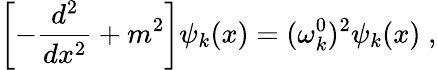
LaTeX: \left[-\frac{d^{2}}{dx^{2}}+m^{2}\right]\psi_{k}(x)=(\omega_{k}^{0})^{2}\psi_{k}(x)\; ,